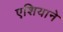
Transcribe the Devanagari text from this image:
एशियाने